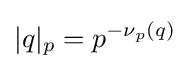
\vert q\vert _{p}=p^{-\nu _{p}(q)}